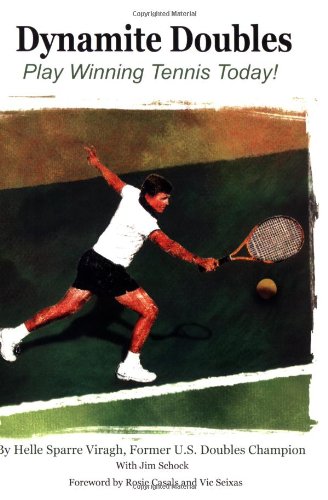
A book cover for Dynamite Doubles: Play Winning Tennis Today!; Helle Sparre Viragh; Sports & Outdoors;